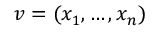
v = ( x _ { 1 } , \ldots , x _ { n } )